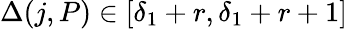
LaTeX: \Delta(j,P)\in[\delta_{1}+r,\delta_{1}+r+1]